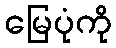
မြေပုံကို